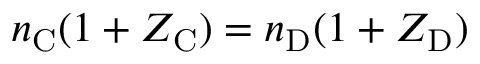
n _ { \mathrm { C } } ( 1 + Z _ { \mathrm { C } } ) = n _ { \mathrm { D } } ( 1 + Z _ { \mathrm { D } } )